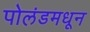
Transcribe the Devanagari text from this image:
पोलंडमधून